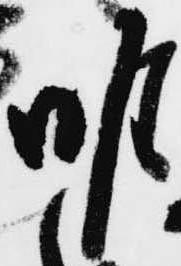
唯